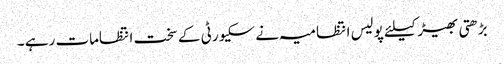
بڑھتی بھیڑ کیلئے پولیس انتظامیہ نے سکیورٹی کے سخت انتظامات رہے ۔